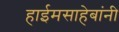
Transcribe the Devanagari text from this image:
हाईमसाहेबांनी